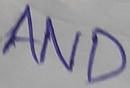
Text: AND